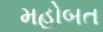
મહોબત